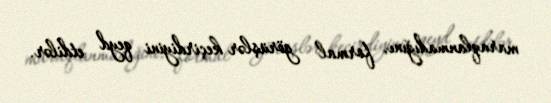
maraqlanmadığını, formal görüşlər keçirdiyini qeyd etdilər.